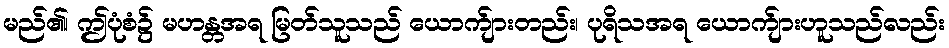
မည်၏၊ ဤပုံစံ၌ မဟန္တအရ မြတ်သူသည် ယောက်ျားတည်း၊ ပုရိသအရ ယောက်ျားဟူသည်လည်း